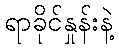
ရာခိုင်နှုန်းနဲ့